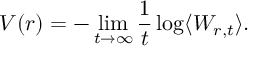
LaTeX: V ( r ) = - \operatorname * { l i m } _ { t \to \infty } \frac { 1 } { t } \log \langle W _ { r , t } \rangle .